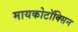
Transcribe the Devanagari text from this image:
मायकोटॉक्सिन